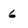
Character: 6